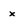
Character: x